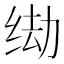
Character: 𫄦